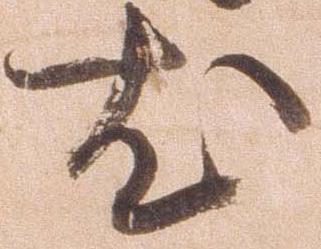
尤